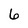
Character: 6